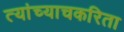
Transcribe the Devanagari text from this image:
त्यांच्याचकरिता